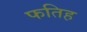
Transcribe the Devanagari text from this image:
फतिह